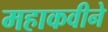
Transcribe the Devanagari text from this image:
महाकवीने